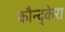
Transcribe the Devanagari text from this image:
कौन्द्केरा